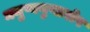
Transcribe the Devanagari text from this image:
मनुष्यगुणारोप